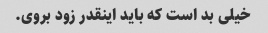
خیلی بد است که باید اینقدر زود بروی.